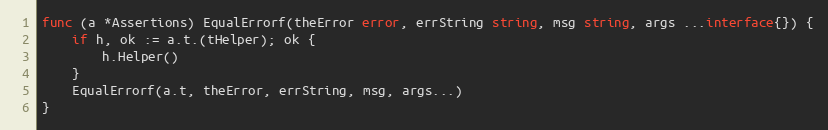
Language: Go
func (a *Assertions) EqualErrorf(theError error, errString string, msg string, args ...interface{}) {
	if h, ok := a.t.(tHelper); ok {
		h.Helper()
	}
	EqualErrorf(a.t, theError, errString, msg, args...)
}